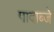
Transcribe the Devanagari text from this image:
पादाब्जे